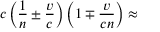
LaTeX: c \left( { \frac { 1 } { n } } \pm { \frac { v } { c } } \right) \left( 1 \mp { \frac { v } { c n } } \right) \approx